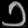
Digit: ၁